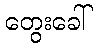
တွေးခေါ်